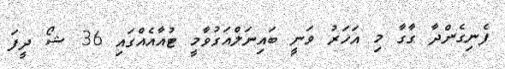
ފެނިގެންދާ ގާގާ މި އަހަރު ވަނީ ބައިނަލްއަގުވާމީ ޓުއާއެއްގައި 36 ޝޯ ދީފަ